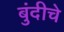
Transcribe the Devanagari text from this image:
बुंदीचे